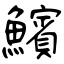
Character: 𩼧